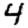
Digit: 4